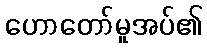
ဟောတော်မူအပ်၏